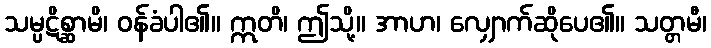
သမ္ပဋိစ္ဆာမိ၊ ဝန်ခံပါ၏။ ဣတိ၊ ဤသို့။ အာဟ၊ လျှောက်ဆိုပေ၏။ သတ္တမီ၊